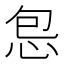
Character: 𫹾